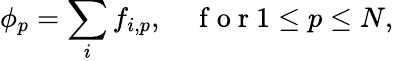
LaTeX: \phi_{p}=\sum_{i}f_{i,p},\quad\mathrm{~f~o~r~}1\leq p\leq N,